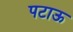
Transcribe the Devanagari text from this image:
पटाऊ